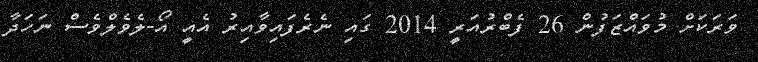
ވަރަކަށް މުވައްޒަފުން 26 ފެބްރުއަރީ 2014 ގައި ނެރެފައިވާއިރު އެއީ އޯ-ލެވެލްވެސް ނަހަދާ